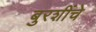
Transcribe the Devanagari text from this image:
बुरशींचे